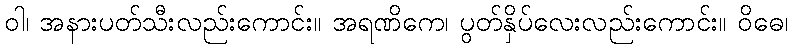
ဝါ၊ အနားပတ်သီးလည်းကောင်း။ အရဏိကေ၊ ပွတ်နှိပ်လေးလည်းကောင်း။ ဝိဓေ၊